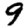
Digit: 9